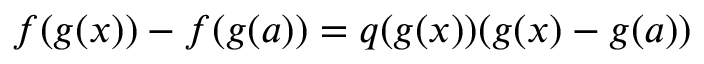
f ( g ( x ) ) - f ( g ( a ) ) = q ( g ( x ) ) ( g ( x ) - g ( a ) )